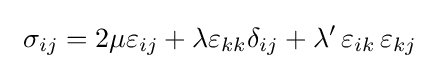
\,\,\sigma _{ij}=2\mu \varepsilon _{ij}+\lambda \varepsilon _{kk}\delta _{ij}+\lambda '\,\varepsilon _{ik}\,\varepsilon _{kj}